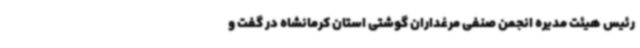
رئیس هیئت مدیره انجمن صنفی مرغداران گوشتی استان کرمانشاه در گفت و